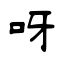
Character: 呀